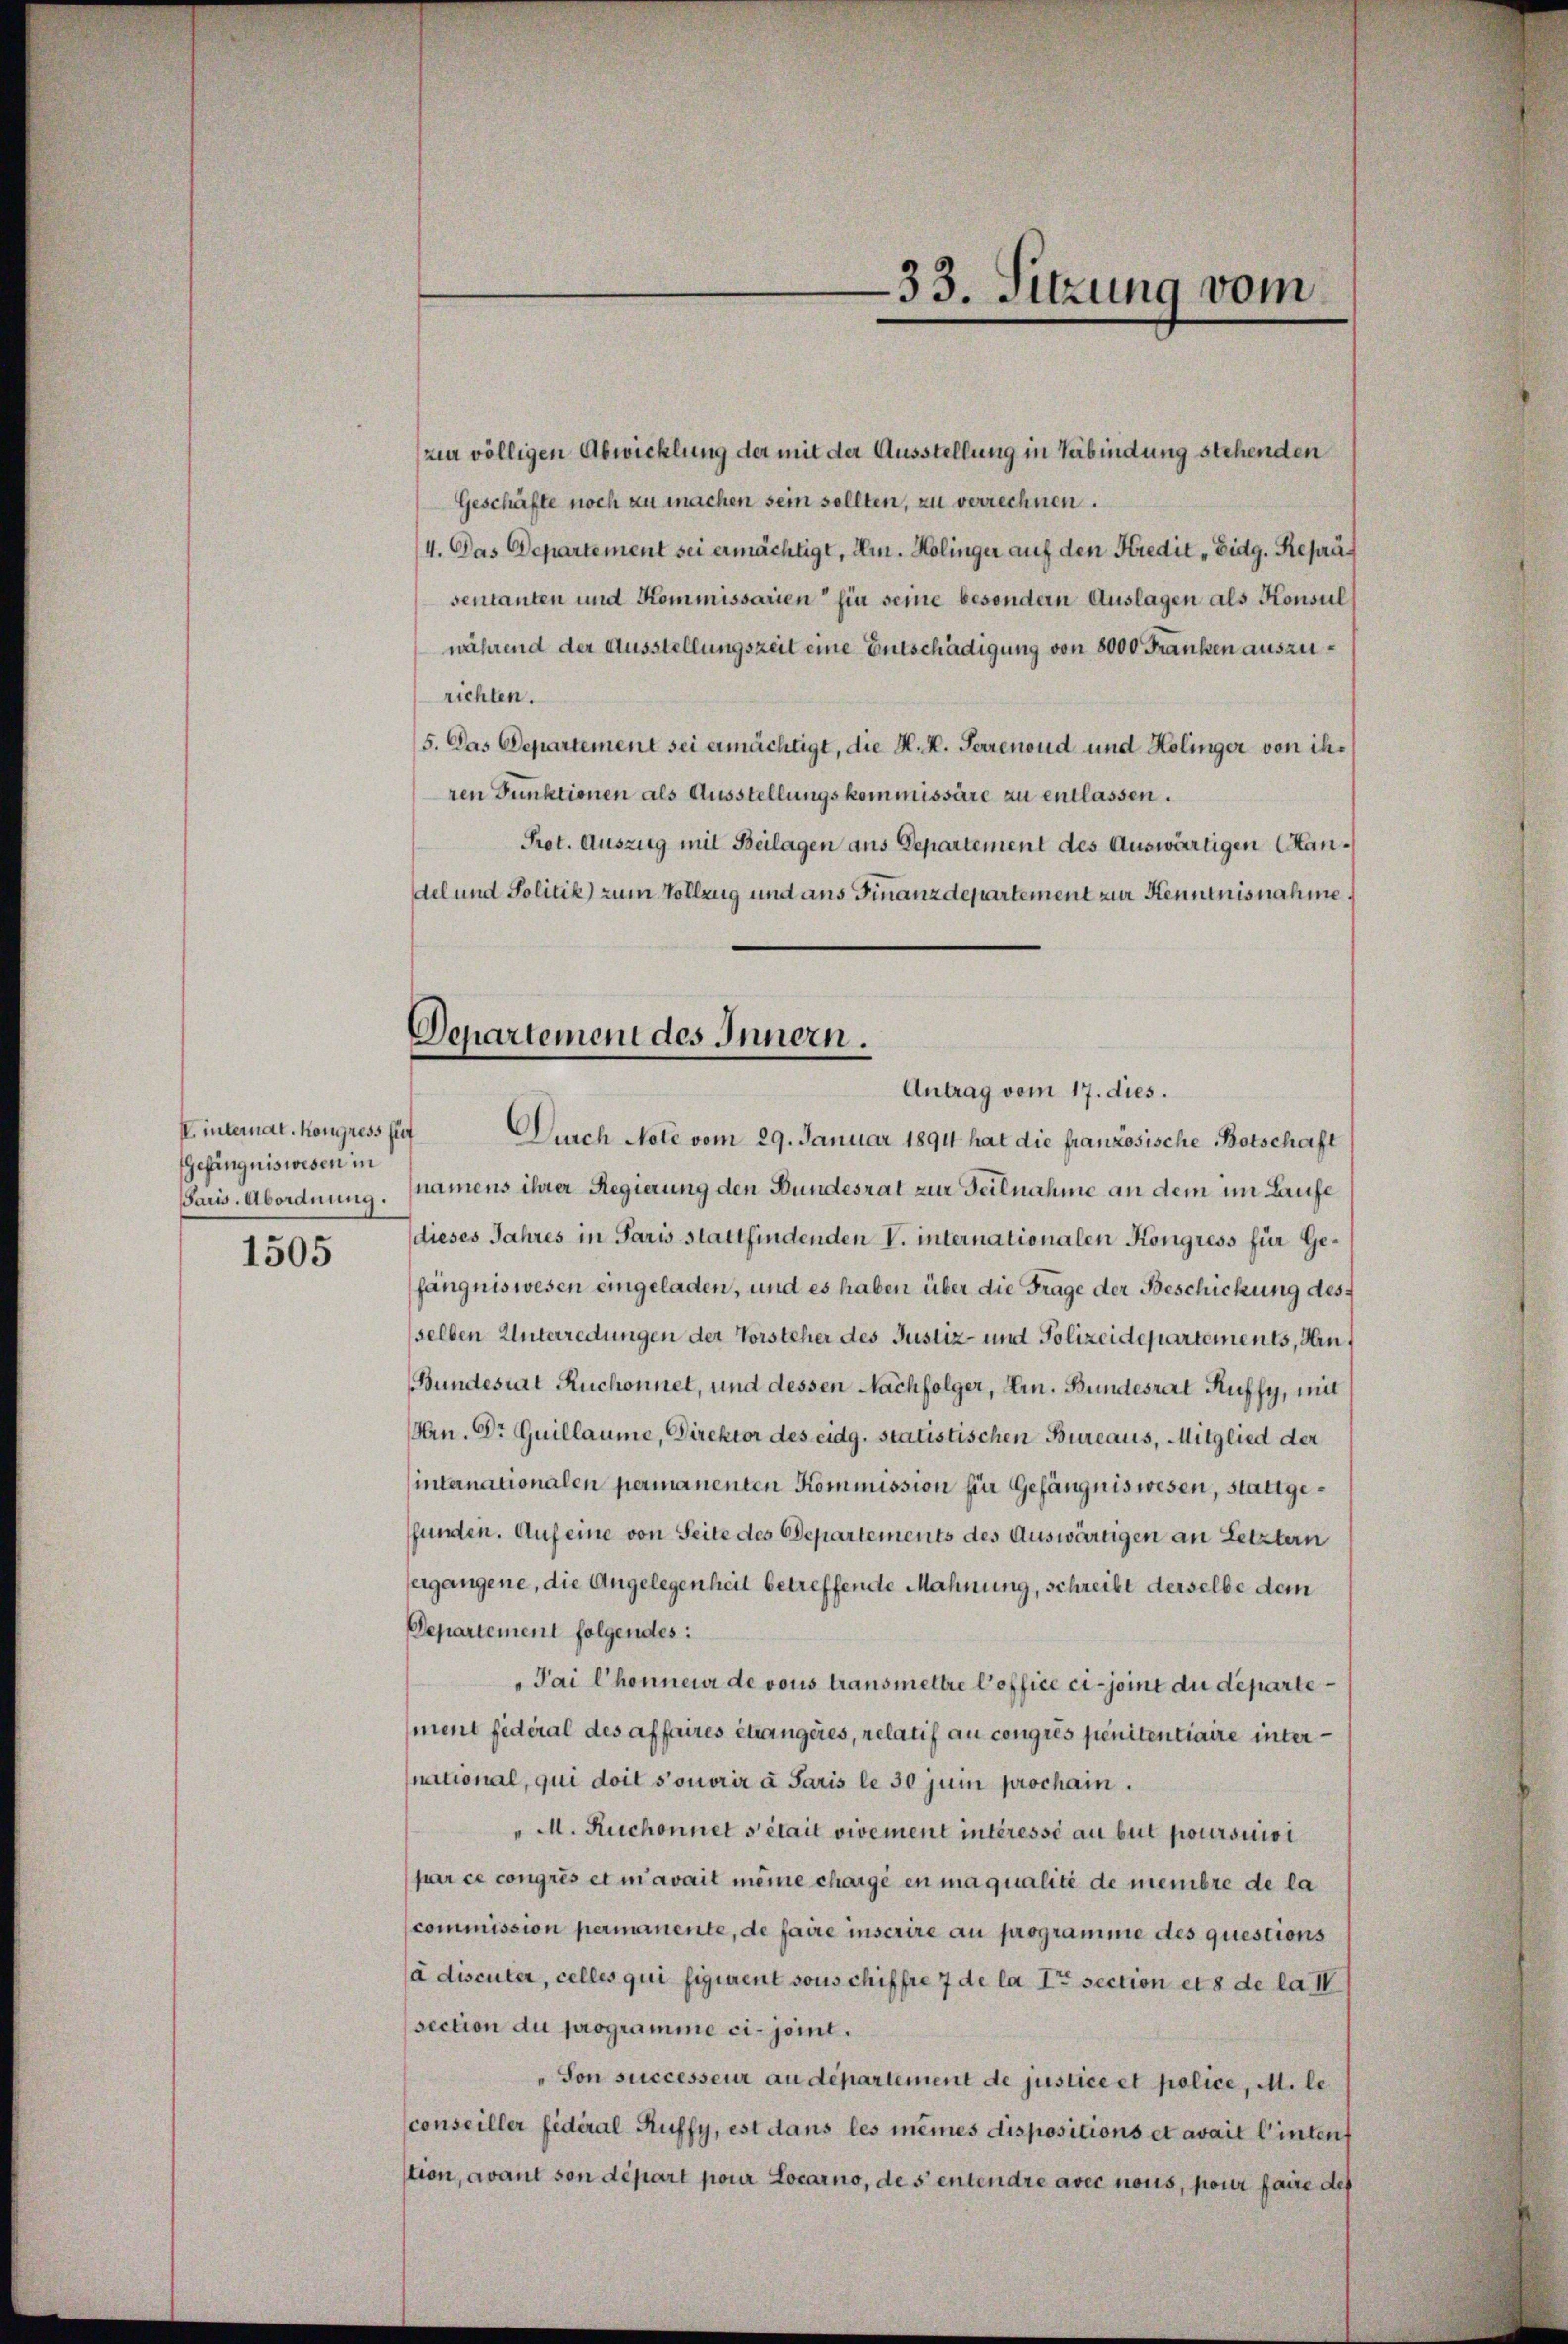
I. internat. Kongress sit
Gefängniswesen in
1505

zur völligen Abwicklung der mit der Ausstellung in Verbindung stehenden
Geschäfte noch zu machen sein sellten, zu verrechnen.
4. Das Departement sei ermächtigt, um. Holinger auf den Kredit „Eidg. Repräsentanten und Kommissarien fin seine besondern Auslagen als Konsul
während der Ausstellungszeit eine Entschädigung von 8000 Franken auszurichten.
(5. Das Departement sei ermächtigt, die K. K. Perrenoud und Kolinger von ihren Funktionen als Ausstellungskommissäre zu entlassen.
Prot. Auszug mit Beilagen aus Departement des Auswärtigen Candel und Solitik) zum Vollzug und aus Finanzdepartement zur Kenntnisnahme
Durch Note vom 29. Januar 1891 hat die französische Botschaft
Paris. Abordnung. (namens ihrer Regierung den Bundesrat zur Teilnahme an dem im Laufe
dieses Jahres in Paris stattfindenden V. internationalen Kongress für Gefängnis wesen eingeladen, und es haben über die Frage der Beschickung des
sselben Unterredungen der Vorsteher des Justiz- und Polizeidepartements, Hin¬
Bundesrat Ruchonnet, und dessen Nachfolger, Hrn. Bundesrat Ruffy, mit
Hrn. Dr Guillaume, Direktor des eidg. statistischen Bureaus, Mitglied der
internationalen permanenten Kommission für Gefängniswesen, stattgefunden. Auf eine von Seite des Departements des Auswärtigen an Letztern
ergangene, die Angelegenheit betreffende Mahnung, schreibt derselbe dem
Departement folgendes:
Pai l’honneur de vous transmettre l’office ci-joint du département federal des affaires étrangeres, relatif au congrés penitentiaire international, qui doit s’onorir à Paris le 30 juin prochain.
" M. Ruchonnet s’était vivement intéressé au but poursuivi
par ce congrés et mavait meine chargé en maqualité de membre de la
commission permanente, de faire inscrire au programme des questions
(à discuter, celles qui figurent sous chiffre 7 de la Ir section et de la I
section du programme ci-joint.
"Son successeur an departement de justice et police, M. le
conseiller fédéral Ruffy, est dans les meines dispositions et avait l’intenf
stion, avant son départ pour Locarno, des entendre avec nous, pour faire des

33. Sitzung vom

Departement des Innern.
Antrag vom 17. dies.